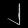
Digit: ၂